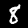
Digit: 8